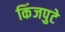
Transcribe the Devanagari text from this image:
किंजपुटे